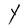
Character: Y